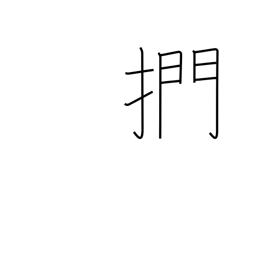
Meaning: to stroke